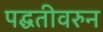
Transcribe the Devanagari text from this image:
पद्घतीवरुन